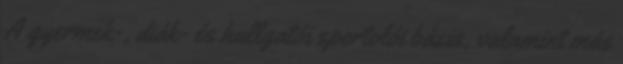
A gyermek-, diák- és hallgatói sportolói bázis, valamint más